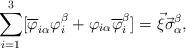
LaTeX: \begin{align*}\sum_{i=1}^{3}[ \overline{\varphi}_{i\alpha} {\varphi}_i^\beta+\varphi_{i\alpha}\overline{\varphi}_i^\beta]=\vec{\xi}\vec{\sigma}_\alpha^\beta,\end{align*}